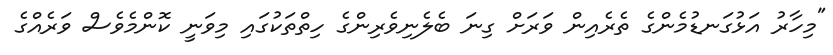
"މިހާރު އަޅުގަނޑުމެންގެ ތެރެއިން ވަރަށް ގިނަ ބެލެނިވެރިންގެ ހިތްތަކުގައި މިވަނީ ކޮންމެވެސް ވަރެއްގެ